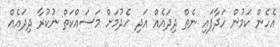
އެހެން ކަމުން ހަދާފައި ނެތް ދިދައެއް އަދި ހެދުމަށް މަސައްކަތް ނުކުރާ ދިދައެއް